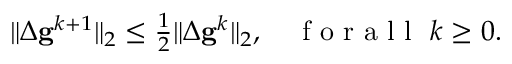
\begin{array} { r } { \| \Delta \mathbf { g } ^ { k + 1 } \| _ { 2 } \leq \frac { 1 } 2 \| \Delta \mathbf { g } ^ { k } \| _ { 2 } , \quad \mathrm { ~ f ~ o ~ r ~ a ~ l ~ l ~ } \ k \geq 0 . } \end{array}